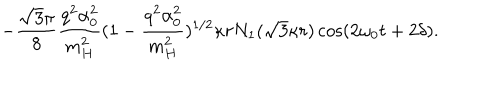
LaTeX: - \frac { \sqrt { 3 } \pi } { 8 } \frac { q ^ { 2 } \alpha _ { 0 } ^ { 2 } } { m _ { H } ^ { 2 } } ( 1 - \frac { q ^ { 2 } \alpha _ { 0 } ^ { 2 } } { m _ { H } ^ { 2 } } ) ^ { 1 / 2 } \kappa r N _ { 1 } ( \sqrt { 3 } \kappa r ) \cos ( 2 \omega _ { 0 } t + 2 \delta ) .